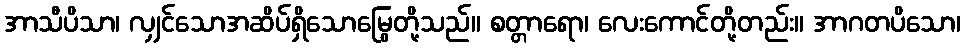
အာသီပိသာ၊ လျှင်သောအဆိပ်ရှိသောမြွေတို့သည်။ စတ္တာရော၊ လေးကောင်တို့တည်း။ အာဂတပိသော၊